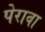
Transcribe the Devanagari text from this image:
पेरावा